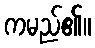
ကမည်၏။